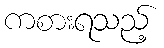
ကစားရသည့်